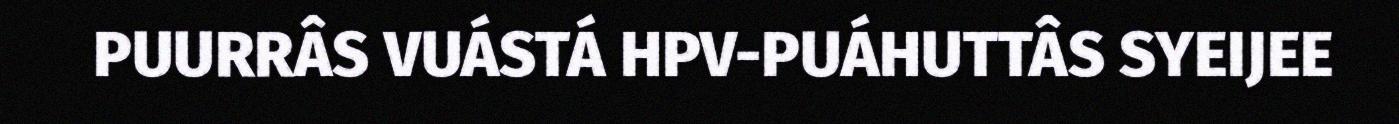
PUURRÂS VUÁSTÁ HPV-PUÁHUTTÂS SYEIJEE